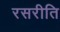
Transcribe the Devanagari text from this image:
रसरीति